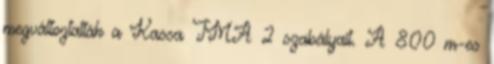
megváltoztatták a Kassa TMA 2 szabályait. A 800 m-es